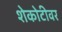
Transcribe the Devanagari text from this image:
शेकोटीवर